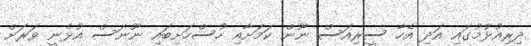
ދިރިއުޅުމުގައި އަދި އެހާ ސީރިއަސް ނޫން ކަމަށާއި ހުސްހަށިބައި ނޫނަސް އުޅެނީ ވަރަށް